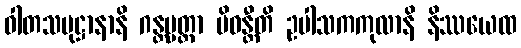
ဝါတသမုဋ္ဌာနာနိ ဂန္တဗ္ဗတ္တာ ပိဝန္တီတိ ဥပါသကကုလာနိ နိဿယေထ